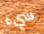
شيء